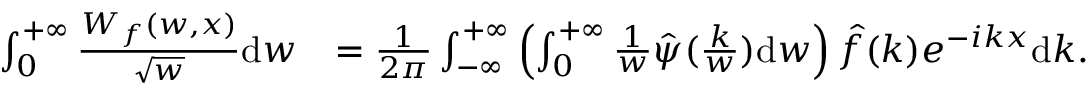
\begin{array} { r l } { \int _ { 0 } ^ { + \infty } \frac { W _ { f } ( w , x ) } { \sqrt { w } } \mathrm { d } w } & { = \frac { 1 } { 2 \pi } \int _ { - \infty } ^ { + \infty } \left( \int _ { 0 } ^ { + \infty } \frac { 1 } { w } \hat { \psi } ( \frac { k } { w } ) \mathrm { d } w \right) \hat { f } ( k ) e ^ { - i k x } \mathrm { d } k . } \end{array}